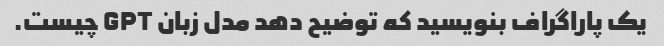
یک پاراگراف بنویسید که توضیح دهد مدل زبان GPT چیست.